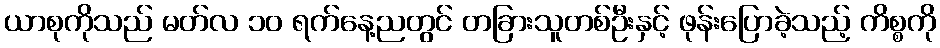
ယာစုကိုသည် မတ်လ ၁၀ ရက်နေ့ညတွင် တခြားသူတစ်ဦးနှင့် ဖုန်းပြောခဲ့သည့် ကိစ္စကို